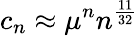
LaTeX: c_{n}\approx\mu^{n}n^{\frac{11}{32}}